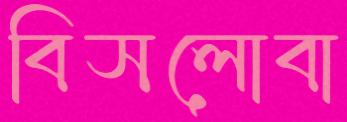
বিসলোবা